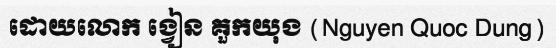
ដោយលោក ង្វៀន គួកយុង (Nguyen Quoc Dung)